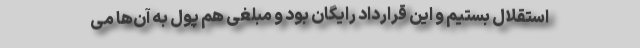
استقلال بستیم و این قرارداد رایگان بود و مبلغی هم پول به آن‌ها می